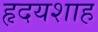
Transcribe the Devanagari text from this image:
हृदयशाह